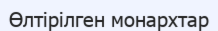
Өлтірілген монархтар